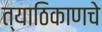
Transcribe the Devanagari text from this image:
त्याठिकाणचे